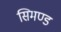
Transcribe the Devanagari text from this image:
सिमण्ड